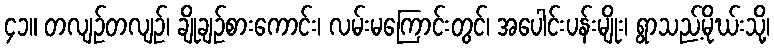
၄၁။ တလျဉ်တလျဉ်၊ ချိုချဉ်စားကောင်း၊ လမ်းမကြောင်းတွင်၊ အပေါင်းပန်းမျိုး၊ ရွာသည့်မိုဃ်းသို့၊